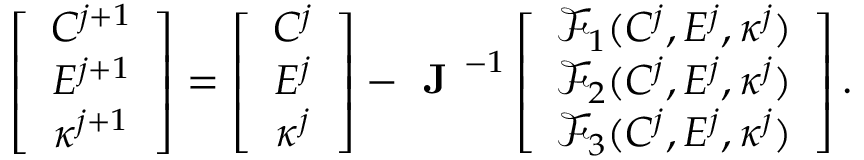
\left[ \begin{array} { c c c c c c c } { C ^ { j + 1 } } \\ { E ^ { j + 1 } } \\ { \kappa ^ { j + 1 } } \end{array} \right] = \left[ \begin{array} { c c c c c c c } { C ^ { j } } \\ { E ^ { j } } \\ { \kappa ^ { j } } \end{array} \right] - \textbf { J } ^ { - 1 } \left[ \begin{array} { c c c c c c c } { \mathcal { F } _ { 1 } ( C ^ { j } , E ^ { j } , \kappa ^ { j } ) } \\ { \mathcal { F } _ { 2 } ( C ^ { j } , E ^ { j } , \kappa ^ { j } ) } \\ { \mathcal { F } _ { 3 } ( C ^ { j } , E ^ { j } , \kappa ^ { j } ) } \end{array} \right] .